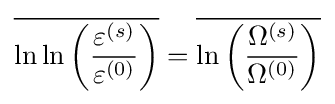
{\overline {\ln \ln \left({\frac {\varepsilon ^{(s)}}{\varepsilon ^{(0)}}}\right)}}={\overline {\ln \left({\frac {\Omega ^{(s)}}{\Omega ^{(0)}}}\right)}}